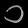
Digit: ၁